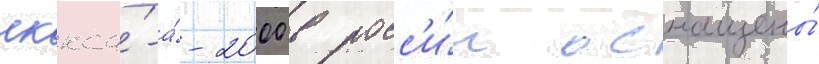
лккса́-а́-2000 в росс'и́и оснащены́